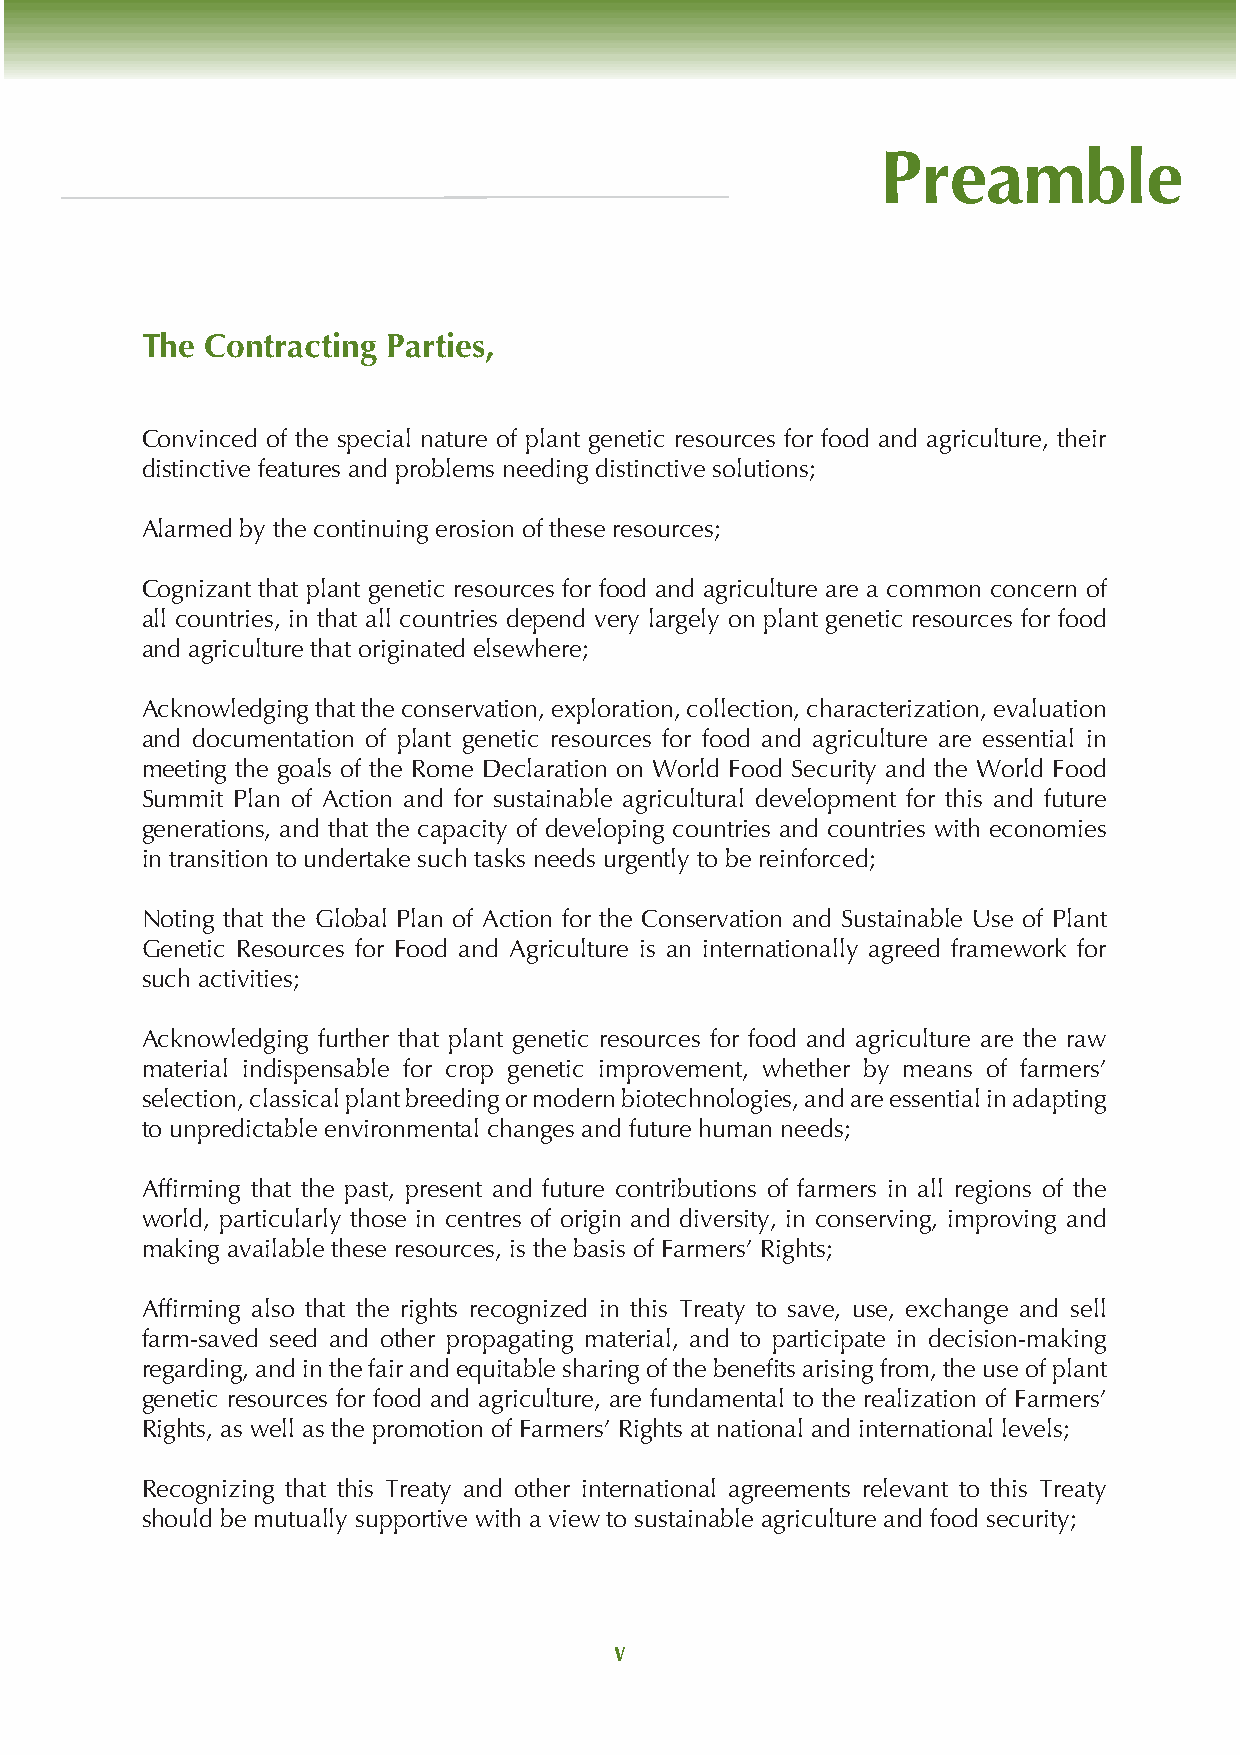
Preamble
 The  Contracting Parties,
 Convinced of the special nature of plant genetic resources for food and agriculture, their
 distinctive features and problems needing distinctive solutions;
 Alarmed by the continuing erosion of these resources;
 Cognizant that plant genetic resources for food and agriculture are a common concern of
 all countries, in that all countries depend very largely on plant genetic resources for food
 and agriculture that originated elsewhere;
 Acknowledging that the conservation, exploration, collection, characterization, evaluation
 and documentation of plant genetic resources for food and agriculture are essential in
 meeting the goals of the Rome Declaration on World Food Security and the World Food
 Summit Plan of Action and for sustainable agricultural development for this and future
 generations, and that the capacity of developing countries and countries with economies
 in transition to undertake such tasks needs urgently to be reinforced;
 Noting that the Global Plan of Action for the Conservation and Sustainable Use of Plant
 Genetic Resources for Food and Agriculture is an internationally agreed framework for
 such activities;
 Acknowledging further that plant genetic resources for food and agriculture are the raw
 material indispensable for crop genetic improvement, whether by means of farmers’
 selection, classical plant breeding or modern biotechnologies, and are essential in adapting
 to unpredictable environmental changes and future human needs;
 Affirming that the past, present and future contributions of farmers in all regions of the
 world, particularly those in centres of origin and diversity, in conserving, improving and
 making available these resources, is the basis of Farmers’ Rights;
 Affirming also that the rights recognized in this Treaty to save, use, exchange and sell
 farm-saved seed and other propagating material, and to participate in decision-making
 regarding, and in the fair and equitable sharing of the benefits arising from, the use of plant
 genetic resources for food and agriculture, are fundamental to the realization of Farmers’
 Rights, as well as the promotion of Farmers’ Rights at national and international levels;
 Recognizing that this Treaty and other international agreements relevant to this Treaty
 should be mutually supportive with a view to sustainable agriculture and food security;
 v